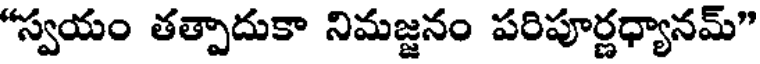
"స్వయం తత్పాదుకా నిమజ్జనం పరిపూర్ణధ్యానమ్"